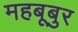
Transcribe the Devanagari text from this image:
महबूबुर